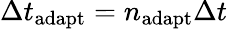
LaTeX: \Delta t_{\mathrm{adapt}}=n_{\mathrm{adapt}}\Delta t